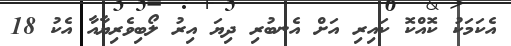
އެކަމަކު ކޮއްކޮ ކައިރި އަށް އެނބުރި ދިޔަ އިރު ލޯބިވެރިޔާއާ އެކު 18